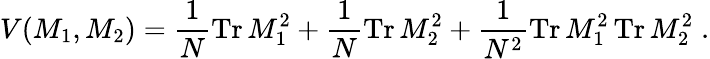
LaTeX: V(M_{1},M_{2})=\frac{1}{N}\mathrm{Tr}\, M_{1}^{2}+\frac{1}{N}\mathrm{Tr}\, M_{2}^{2}+\frac{1}{N^{2}}\mathrm{Tr}\, M_{1}^{2}\, \mathrm{Tr}\, M_{2}^{2}\; .